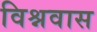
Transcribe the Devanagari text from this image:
विश्नवास